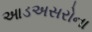
આડઅસરોના